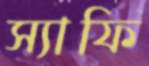
স্যাফি